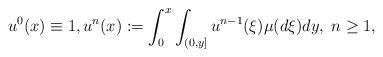
LaTeX: \begin{align*}u^0({x})\equiv 1,u^{n}({x}):=\int_0^{ x} \int_{(0, y]} u^{n-1}(\xi){\mu}(d\xi)d{y},\; n\geq 1,\end{align*}